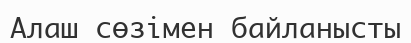
Алаш сөзімен байланысты